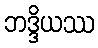
ဘဒ္ဒိယဿ